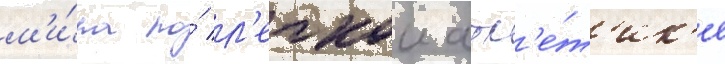
м'и́ра по́ л'егкои атл'е́т'ик'е